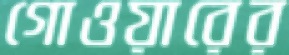
গোওয়ারের